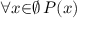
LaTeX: \forall { x } { \in } \emptyset \, P ( x )